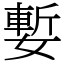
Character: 㜞